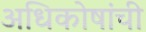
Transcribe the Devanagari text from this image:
अधिकोषांची